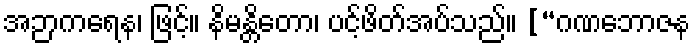
အဉာကရေန၊ ဖြင့်။ နိမန္တိတော၊ ပင့်ဖိတ်အပ်သည်။ [“ဂဏဘောဇန